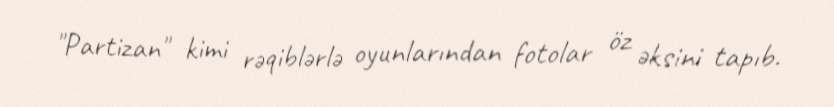
"Partizan" kimi rəqiblərlə oyunlarından fotolar öz əksini tapıb.